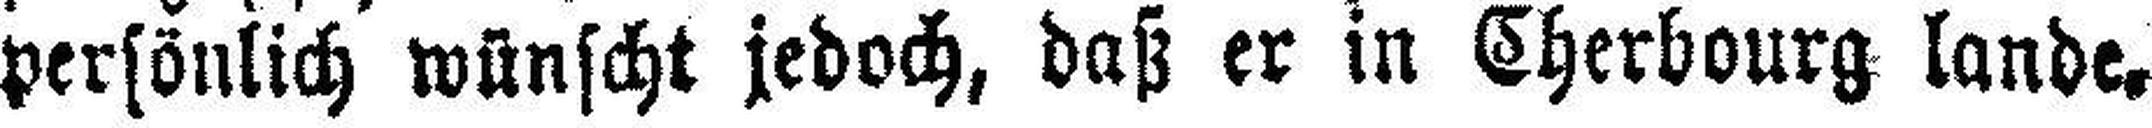
persönlich wünscht jedoch, daß er in Cherbourg lande.